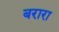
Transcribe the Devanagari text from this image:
बरारा